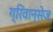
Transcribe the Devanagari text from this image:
ग्रिवान्सेज